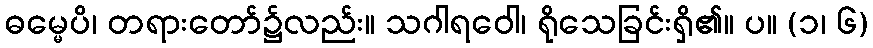
ဓမ္မေပိ၊ တရားတော်၌လည်း။ သဂါရဝေါ၊ ရိုသေခြင်းရှိ၏။ ပ။ (၁၊ ၆)